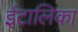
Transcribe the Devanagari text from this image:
ईटालिका